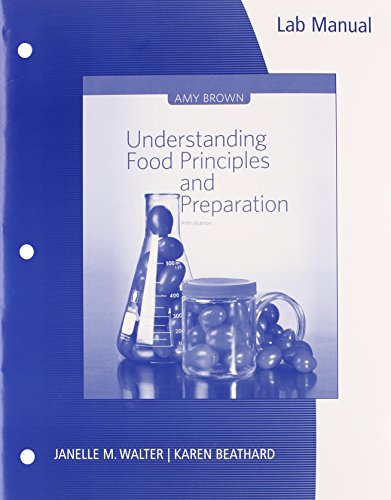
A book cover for Lab Manual for Brown's Understanding Food: Principles and Preparation, 5th; Amy Christine Brown; Medical Books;